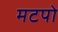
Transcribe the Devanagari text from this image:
मटपो